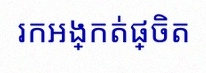
រកអង្កត់ផ្ចិត